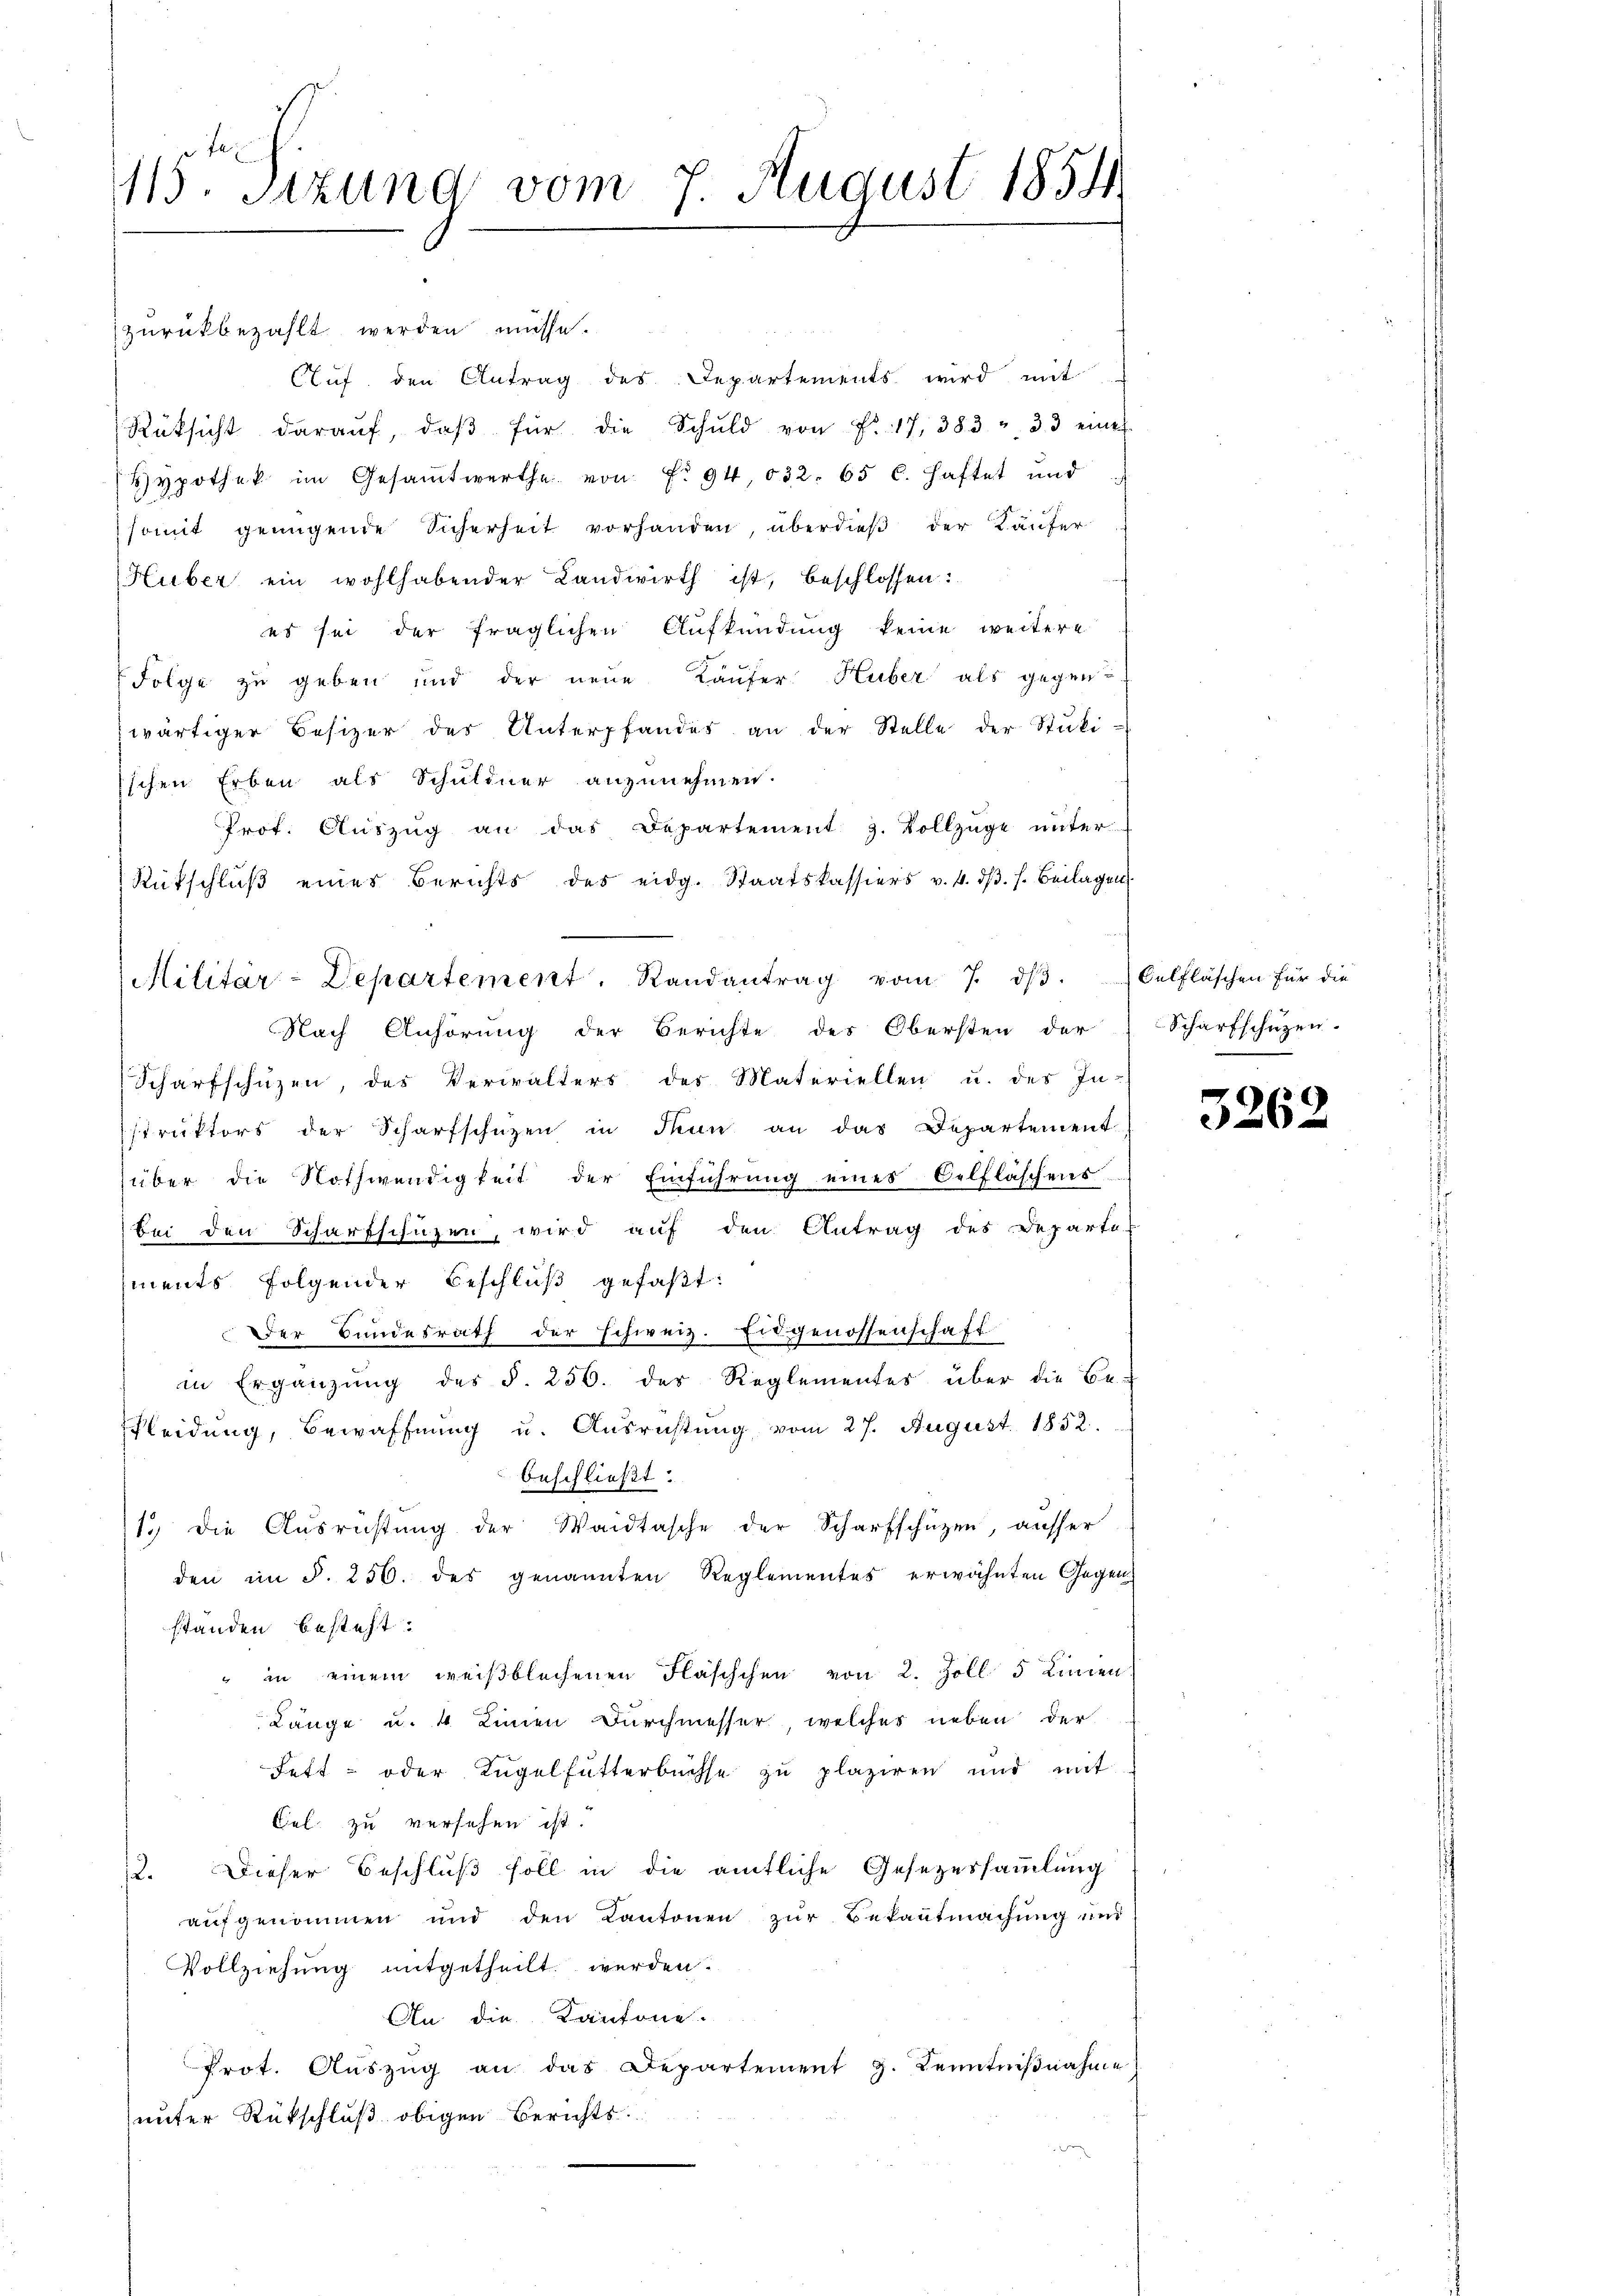
115. Sitzung vom 7. August 1854

zurückbezahlt werden müsse.
Auf den Antrag des Departements wird mit
Rüksicht daraŭf, daβ für die Schuld von Fr. 17, 383 u. 33 empf
Hypothek im Gesamtwerthe von P. 94, 032. 65 l. haftet und
somit genügende Sicherheit vorhanden, überdieß der Käufer
Huber ein wohlhabender Landwirth ist, beschlossen:
es sei der fraglichen Aufkündung keine weitere
Folge zu geben und der neue Käufer Huber als gegen-
wärtiger Besizer der Unterpfandes an der Stelle der Stŭki-
ischen Erben als Schuldner anzunehmen.
Prof. Aŭszŭg an das Departement J. Vollzüge ŭnter
Rutschlŭβ eines Berichts des eidg. Staatskassiers v. 4. dβ. s. Beilagen
Militär-Departement. Randantrag vom 7. dβ. Celfläschen für die
Nach Anhörung der Berichte des Obersten der Scharfschüzen.
Scharfschüzen, des Verwalters des Materiellen u. des In-
struktors der Scharfschützen in denn an das Departement
über die Nothwendigkeit der Einführung eines Oelfläschens
bei den Scharfschüzen, wird auf den Antrag des Departe
ments folgender Beschluß gefaßt:
Der Bundesrath der schweiz. Eidgenossenschaft
in Ergänzung des §. 236. der Reglementes über die Be-
Kleidung, Bewaffnung u. Ausrichtung vom 27. August 1852.
beschließt:
1. die Aŭsrüstŭng der Waidtasche der Scharfschützen, ausser
den im §. 256. des genannten Reglementes erwähnten Gegen
standen besteht:
" in einem weißblechenen Fläschchen von 2. Zoll 5 Linien
Länge u. 4 Linien Durchmesser, welches neben der
Fett- oder Kugelhütterbüchse zu plaziren und mit
Cel. zu versehen ist.
12. Dieser Beschluß soll in die amtliche Gesezessammlung
aufgenommen und den Kantonen zur Bekantmachung und
Vollziehung mitgetheilt werden.
An die Kantone.
Prot. Aŭszŭg an das Departement J. Kenntniβnahme
unter Rückschluß obigen Berichts
¬

3262